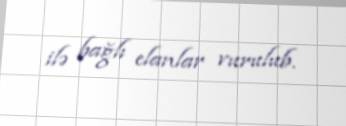
ilə bağlı elanlar vurulub.